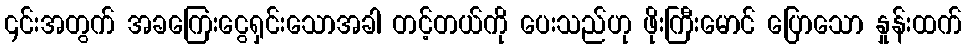
၄င်းအတွက် အခကြေးငွေရှင်းသောအခါ တင့်တယ်ကို ပေးသည်ဟု ဖိုးကြီးမောင် ပြောသော နှုန်းထက်